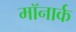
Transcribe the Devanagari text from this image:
मॉनार्क